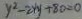
y ^ { 2 } - 2 x y + 8 0 = 0